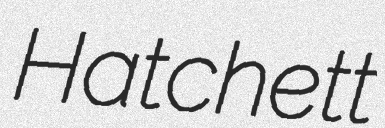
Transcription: Hatchett